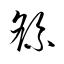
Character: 繇